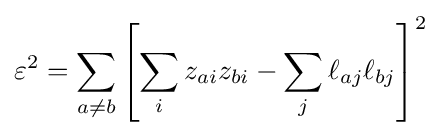
\varepsilon ^{2}=\sum _{a\neq b}\left[\sum _{i}z_{ai}z_{bi}-\sum _{j}\ell _{aj}\ell _{bj}\right]^{2}